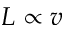
L \propto v